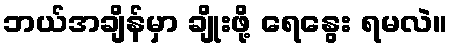
ဘယ်အချိန်မှာ ချိုးဖို့ ရေနွေး ရမလဲ။